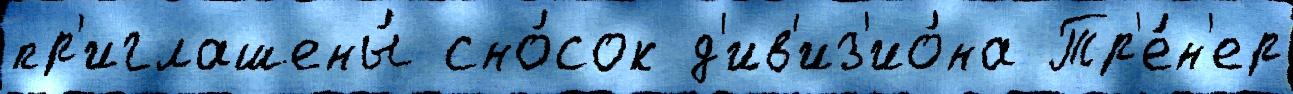
пр'иглашены́ сно́сок д'ив'из'ио́на Тр'е́н'ер